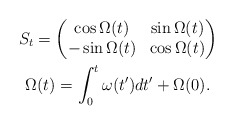
\begin{gather*}S_{t}=\begin{pmatrix}\cos\Omega(t) & \sin\Omega(t)\\-\sin\Omega(t) & \cos\Omega(t)\end{pmatrix}\\\Omega(t)=\int_{0}^{t}\omega(t^{\prime})dt^{\prime}+\Omega(0).\end{gather*}